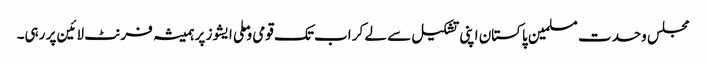
مجلس وحدت مسلمین پاکستان اپنی تشکیل سے لے کر اب تک قومی و ملی ایشوز پر ہمیشہ فرنٹ لائین پر رہی۔